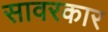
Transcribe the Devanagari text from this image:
सावरकार